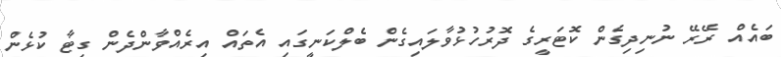
ބައެއް ރޭރޭ ނުނިދިގެން ކޮޓަރީގެ ދޮރުހުޅުވާލައިގެން ބެލްކަނީގައި އެތައް އިރެއްވާންދެން ގިޓާ ކުޅެން